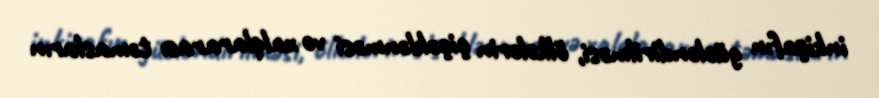
inkişafın gücləndirilməsi, ölkələrin çiçəklənməsi və xalqlararası təmasların